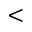
<